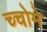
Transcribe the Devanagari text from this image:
च्चोमे